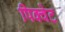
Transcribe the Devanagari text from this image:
पिक्वेट